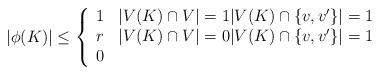
LaTeX: \begin{align*}|\phi(K)|\leq \left\{\begin{array}{ll}1 & |V(K)\cap V|=1|V(K)\cap\{v,v'\}|=1\\r &|V(K)\cap V|=0|V(K)\cap\{v,v'\}|=1\\0 & \end{array}\right.\end{align*}